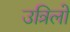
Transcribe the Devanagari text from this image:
उत्रिलो